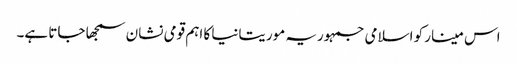
اس مینار کو اسلامی جمہوریہ موریتانیا کا اہم قومی نشان سمجھا جاتا ہے۔